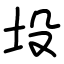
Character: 坄